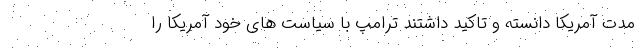
مدت آمریکا دانسته و تاکید داشتند ترامپ با سیاست های خود آمریکا را